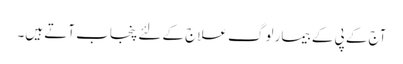
آج کے پی کے بیمار لوگ علاج کے لئے پنجاب آتے ہیں۔